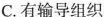
C.有输导组织